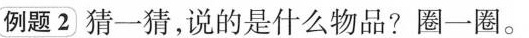
例题2猜一猜，说的是什么物品?圈一圈。